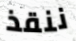
ننقذ